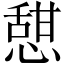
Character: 憇